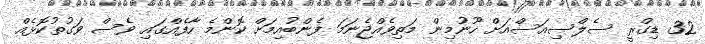
32 ޑިގްރީ ސެލްސިއަސްއަށް ހޫނުމިން މަތިވެއްޖެނަމަ ފެންބުއިމަށް ކޮންމެ ހާފެއްގައި ވެސް ވަގުތުކޮޅެއް